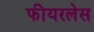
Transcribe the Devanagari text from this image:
फीयरलेस